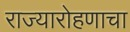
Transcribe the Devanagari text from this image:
राज्यारोहणाचा